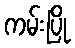
ကမ်းပြို